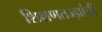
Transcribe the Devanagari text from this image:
शिक्षणतज्ज्ञांची